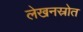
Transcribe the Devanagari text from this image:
लेखनस्रोत